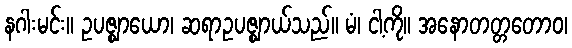
နဂါးမင်း။ ဥပဇ္ဈာယော၊ ဆရာဥပဇ္ဈာယ်သည်။ မံ၊ ငါ့ကို။ အနောတတ္တတောဝ၊